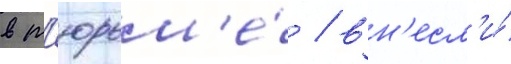
в т'юрьм'е́ / вн'есл'и́